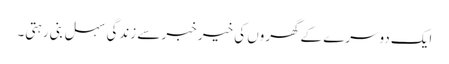
ایک دوسرے کے گھروں کی خیر خبر سے زندگی سہل بنی رہتی۔